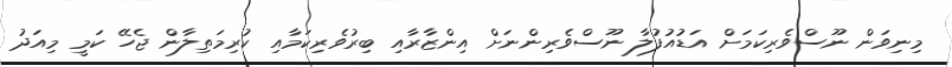
މިނިވަން ނޫސްވެރިކަމަށް އަޑުއުފުލާ ނޫސްވެރިންނަށް އިންޒާރާއި ބިރުވެރިކަމާއި ކުރިމަތިލާން ޖެހޭ ކަމީ މިއަދު